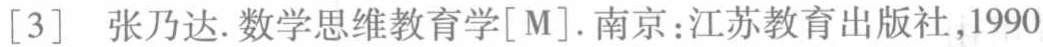
[3] 张乃达.数学思维教育学[M].南京:江苏教育出版社,1990